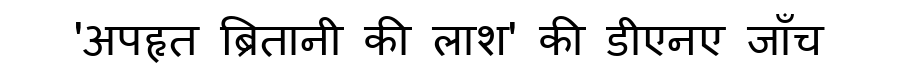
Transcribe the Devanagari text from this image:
'अपहृत ब्रितानी की लाश' की डीएनए जाँच